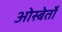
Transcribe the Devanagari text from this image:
ओस्बेर्तों